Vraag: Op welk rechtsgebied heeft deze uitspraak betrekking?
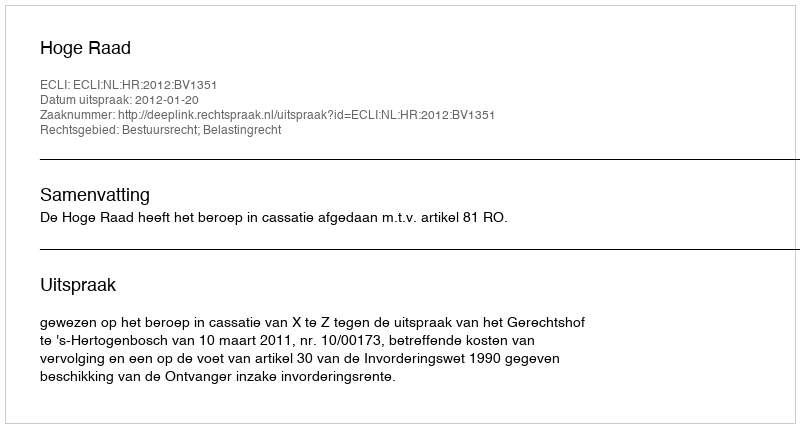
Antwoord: Bestuursrecht; Belastingrecht